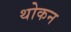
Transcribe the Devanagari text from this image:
थोकन